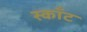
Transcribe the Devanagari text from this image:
स्काँट